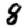
Digit: 8